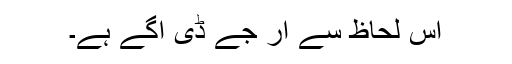
اس لحاظ سے آر جے ڈی آگے ہے۔